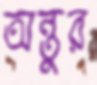
অন্তুর